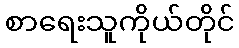
စာရေးသူကိုယ်တိုင်